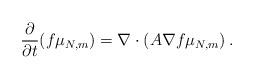
LaTeX: \begin{align*} \frac{\partial}{\partial t} (f \mu_{N, m}) = \nabla \cdot \left( A \nabla f \mu_{N,m} \right).\end{align*}